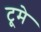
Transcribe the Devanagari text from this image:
टूमे